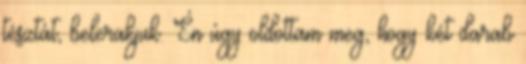
tésztát, belerakjuk. Én úgy oldottam meg, hogy két darab